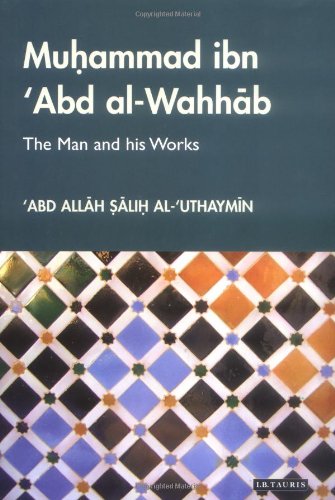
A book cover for Muhammad Ibn 'Abd al-Wahhab: The Man and his Works (Library of Middle East History); Abd Allah Salih al-'Uthaymin; Religion & Spirituality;